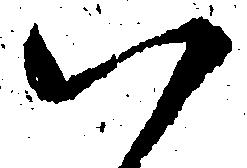
八